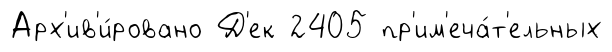
Арх'ив'и́ровано Д'ек 2405 пр'им'еча́т'ельных